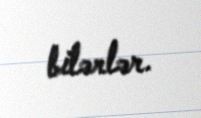
bilərlər.